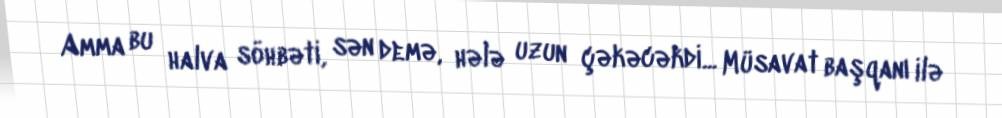
Amma bu halva söhbəti, sən demə, hələ uzun çəkəcəkdi... Müsavat başqanı ilə